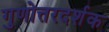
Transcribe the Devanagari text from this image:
गुणोत्तरदर्शक